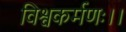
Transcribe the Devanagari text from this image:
विश्वकर्मणः।।